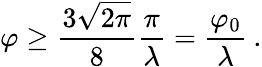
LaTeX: \varphi\ge\frac{3\sqrt{2\pi}}{8}\frac{\pi}{\lambda}=\frac{\varphi_{0}}{\lambda}\: .